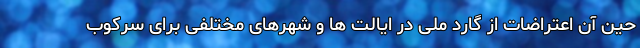
حین آن اعتراضات از گارد ملی در ایالت ها و شهرهای مختلفی برای سرکوب